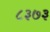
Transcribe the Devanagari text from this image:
८३७३